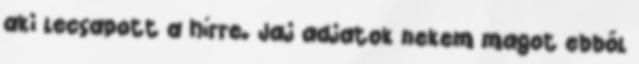
aki lecsapott a hírre. Jaj adjatok nekem magot ebből